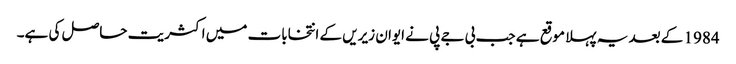
1984 کے بعد یہ پہلا موقع ہے جب بی جے پی نے ایوان زیریں کے انتخابات میں اکثریت حاصل کی ہے۔